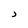
Character: J